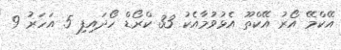
އޭކްމޭ އޯރު އޭކްތޫ އެޅުވުމާއެކު 33 ކްރޯޑް ހޯދައިފި 5 އަހަރު 9